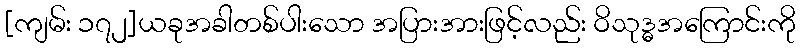
[ကျမ်း ၁၇၂]ယခုအခါတစ်ပါးသော အပြားအားဖြင့်လည်း ဝိသုဒ္ဓအကြောင်းကို